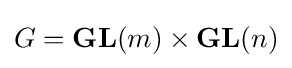
G=\mathbf {GL} (m)\times \mathbf {GL} (n)